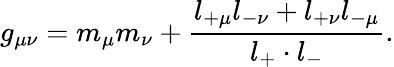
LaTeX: g_{\mu\nu}=m_{\mu}m_{\nu}+\frac{l_{+\mu}l_{-\nu}+l_{+\nu}l_{-\mu}}{l_{+}\cdot l_{-}}.